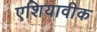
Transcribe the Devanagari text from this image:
एशियावीक